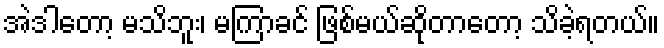
အဲဒါတော့ မသိဘူး၊ မကြာခင် ဖြစ်မယ်ဆိုတာတော့ သိခဲ့ရတယ်။